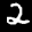
Label: 2